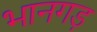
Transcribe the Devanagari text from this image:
भानगड़